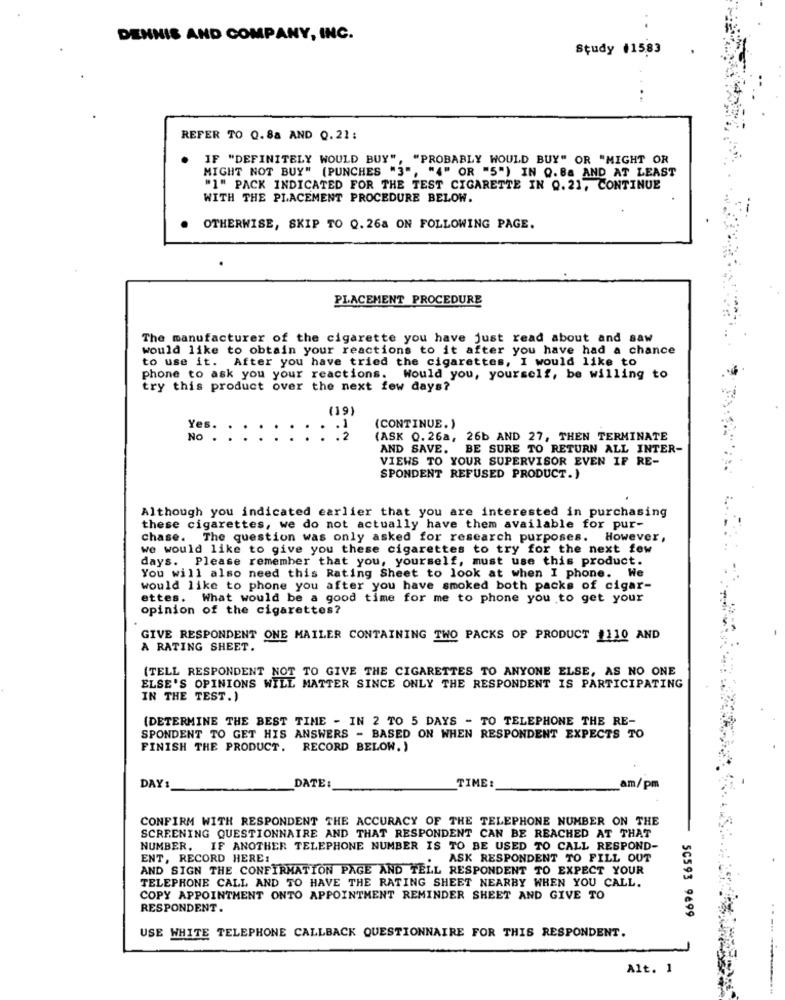
DENNIS AND COMPANY, INC.
Study #15,83
REFER TO 0.88 AND 0.21:
IF "DEFINITELY WOULD BUY", "PROBABLY WOULD BUY" OR "MIGHT OR
MIGHT NOT BUY" (PUNCHES "3", "4" OR "5") IN Q.88 AND AT LEAST
"1" PACK INDICATED FOR THE TEST CIGARETTE IN Q.21, CONTINUE
WITH THE PLACEMENT PROCEDURE BELOW.
OTHERWISE, SKIP TO Q.26a ON FOLLOWING PAGE.
PLACEMENT PROCEDURE
The manufacturer of the cigarette you have just read about and saw
would like to obtain your reactions to it after you have had a chance
to use it. After you have tried the cigarettes, I would like to
phone to ask you your reactions. Would you, yourself, be willing to
try this product over the next few days?
(19)
Yes.
(CONTINUE.)
No .
(ASK 0.26a, 26b AND 27, THEN TERMINATE
AND SAVE. BE SURE TO RETURN ALL INTER-
VIEWS TO YOUR SUPERVISOR EVEN IF RE-
SPONDENT REFUSED PRODUCT.)
Although you indicated earlier that you are interested in purchasing
these cigarettes, we do not actually have them available for pur-
chase. The question was only asked for research purposes. However,
we would like to give you these cigarettes to try for the next few
days. Please remember that you, yourself, must use this product.
You will also need this Rating Sheet to look at when I phone. We
would like to phone you after you have smoked both packs of cigar-
ettes. What would be a good time for me to phone you to get your
opinion of the cigarettes?
GIVE RESPONDENT ONE MAILER CONTAINING TWO PACKS OF PRODUCT #110 AND
A RATING SHEET.
(TELL RESPONDENT NOT TO GIVE THE CIGARETTES TO ANYONE ELSE, AS NO ONE
ELSE'S OPINIONS WILL MATTER SINCE ONLY THE RESPONDENT IS PARTICIPATING
IN THE TEST.)
(DETERMINE THE BEST TIME - IN 2 TO 5 DAYS - TO TELEPHONE THE RE-
SPONDENT TO GET HIS ANSWERS - BASED ON WHEN RESPONDENT EXPECTS TO
FINISH THE PRODUCT. RECORD BELOW. )
TIME:
DAY :
DATE:
am/pm
CONFIRM WITH RESPONDENT THE ACCURACY OF THE TELEPHONE NUMBER ON THE
SCREENING QUESTIONNAIRE AND THAT RESPONDENT CAN BE REACHED AT THAT
NUMBER. IF ANOTHER TELEPHONE NUMBER IS TO BE USED TO CALL RESPOND-
ENT, RECORD HERE:
ASK RESPONDENT TO FILL OUT
AND SIGN THE CONFIRMATION PAGE AND TELL RESPONDENT TO EXPECT YOUR
TELEPHONE CALL AND TO HAVE THE RATING SHEET NEARBY WHEN YOU CALL.
COPY APPOINTMENT ONTO APPOINTMENT REMINDER SHEET AND GIVE TO
RESPONDENT.
5C593 9699
USE WHITE TELEPHONE CALLBACK QUESTIONNAIRE FOR THIS RESPONDENT.
Alt. 1